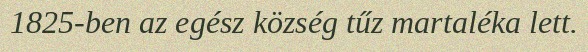
1825-ben az egész község tűz martaléka lett.